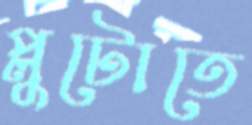
প্লুটোতে